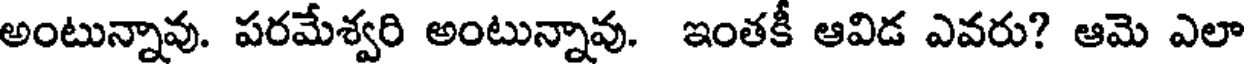
అంటున్నావు. పరమేశ్వరి అంటున్నావు. ఇంతకీ ఆవిడ ఎవరు? ఆమె ఎలా